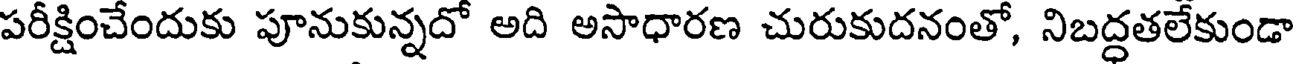
పరీక్షించేందుకు పూనుకున్నదో అది అసాధారణ చురుకుదనంతో, నిబద్ధతలేకుండా